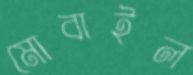
মোবাইল